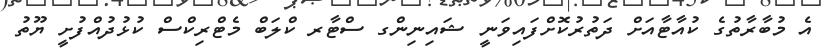
އެ މުބާރާތުގެ ކުއާޓާއަށް ދަތުރުކޮށްފައިވަނީ ޝައިނިންގ ސްޓާރ ކްލަބް މެޓްރިކްސް ކުޅުދުއްފުށީ ޔޫތު